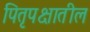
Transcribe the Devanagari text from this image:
पितृपक्षातील